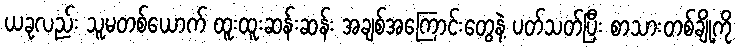
ယခုလည်း သူမတစ်ယောက် ထူးထူးဆန်းဆန်း အချစ်အကြောင်းတွေနဲ့ ပတ်သတ်ပြီး စာသားတစ်ချို့ကို